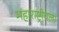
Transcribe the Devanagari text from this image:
महाराष्ट्रीयला